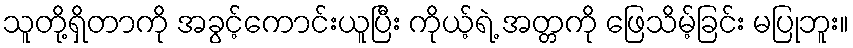
သူတို့ရှိတာကို အခွင့်ကောင်းယူပြီး ကိုယ့်ရဲ့ အတ္တကို ဖြေသိမ့်ခြင်း မပြုဘူး။